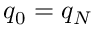
q _ { 0 } = q _ { N }